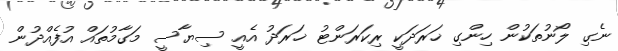
ނެގި ލޯނުތަކުން ހިންގި ޚަރަދަކީ ރިކަރަންޓު ޚަރަދު އެއީ ސިޔާސީ މަގާމުތައް އުފެއްދުން